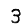
Digit: 3